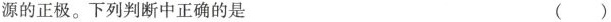
源的正极。下列判断中正确的是 ( )